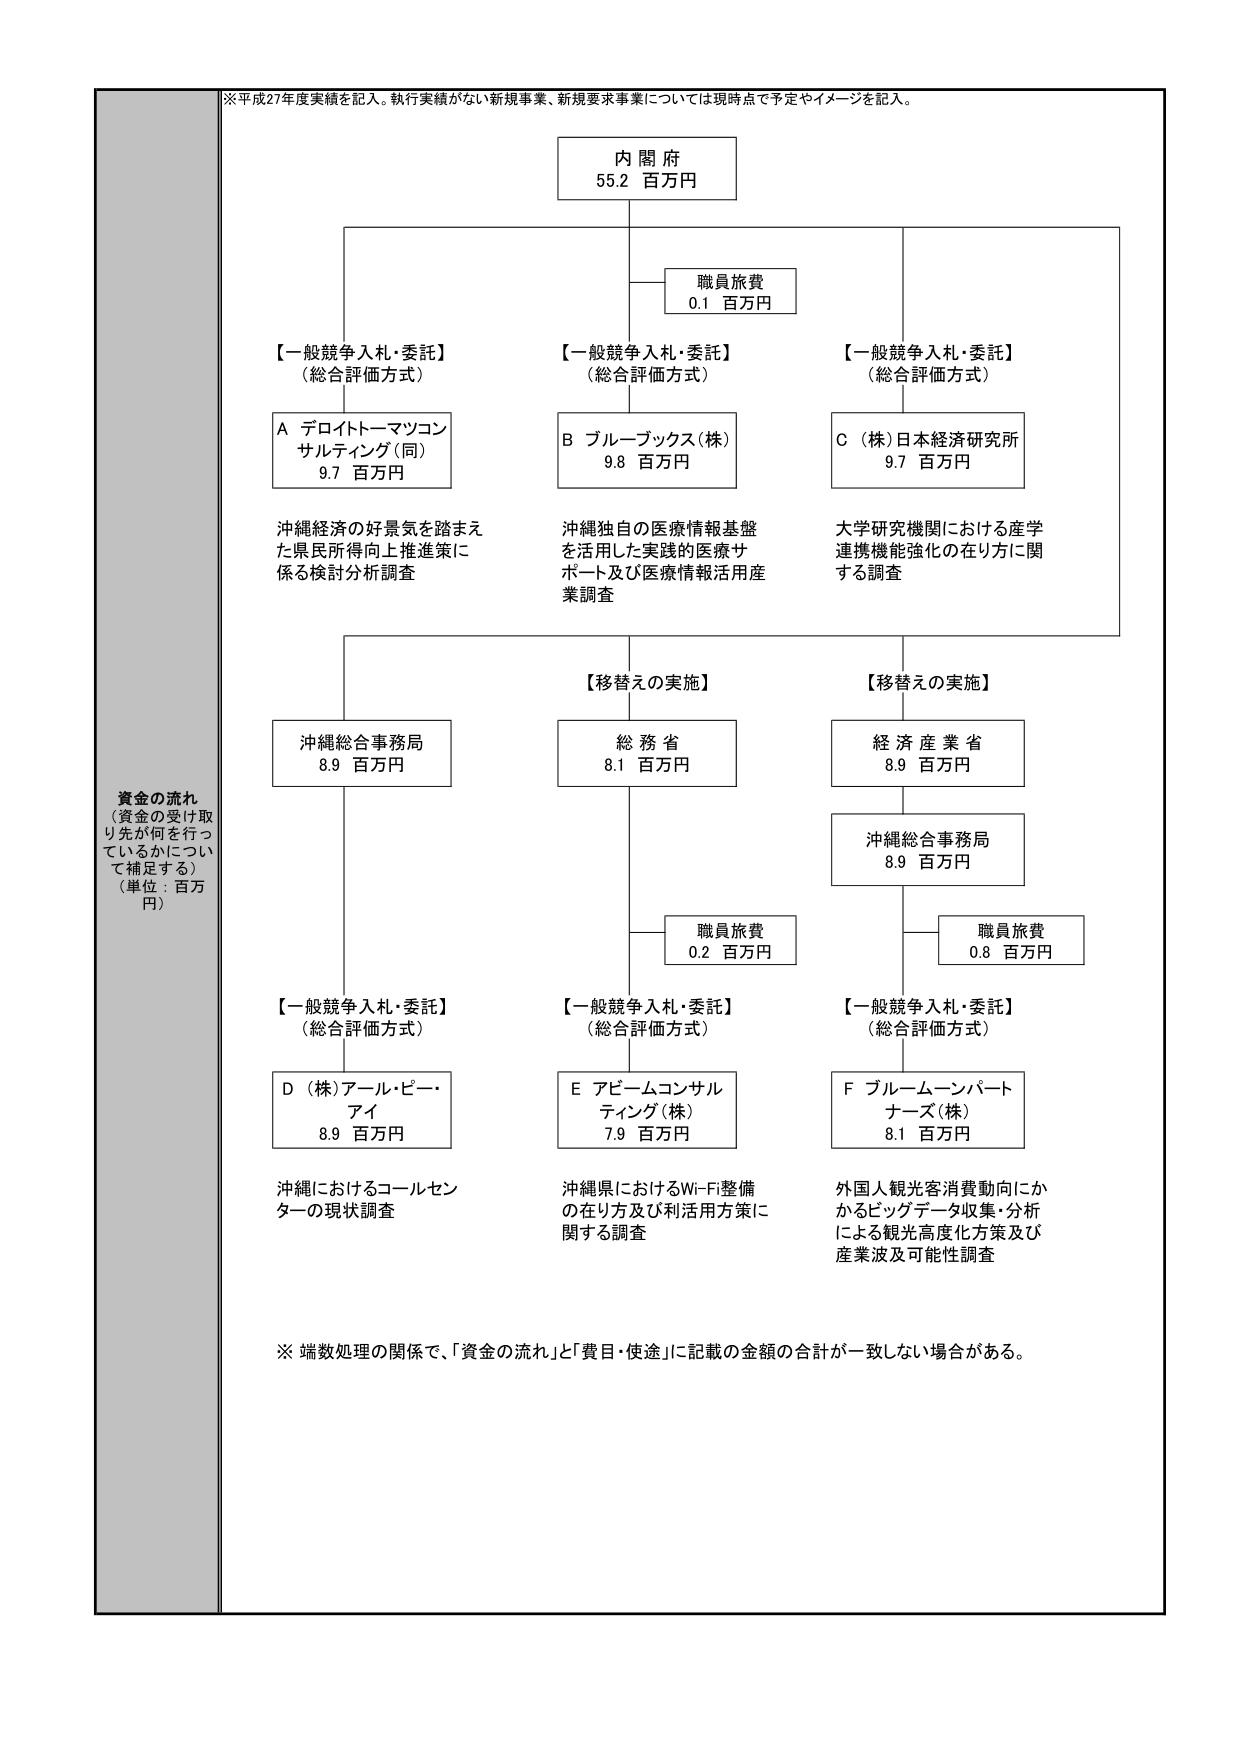
※平成27年度実績を記入。執行実績がない新規事業、新規要求事業については現時点で予定やイメージを記入。

内閣府
55.2 百万円

職員旅費
0.1 百万円

【一般競争入札・委託】
（総合評価方式）
A デロイトトーマツコン
サルティング（同）
9.7 百万円
沖縄経済の好景気を踏まえ
た県民所得向上推進策に
係る検討分析調査

【一般競争入札・委託】
（総合評価方式）
B ブルーブックス（株）
9.8 百万円
沖縄独自の医療情報基盤
を活用した実践的医療サ
ポート及び医療情報活用産
業調査

【一般競争入札・委託】
（総合評価方式）
C （株）日本経済研究所
9.7 百万円
大学研究機関における産学
連携機能強化の在り方に関
する調査

【移替えの実施】
沖縄総合事務局
8.9 百万円

【移替えの実施】
総務省
8.1 百万円

【移替えの実施】
経済産業省
8.9 百万円

沖縄総合事務局
8.9 百万円

職員旅費
0.2 百万円

職員旅費
0.8 百万円

【一般競争入札・委託】
（総合評価方式）
D （株）アール・ピー・
アイ
8.9 百万円
沖縄におけるコールセン
ターの現状調査

【一般競争入札・委託】
（総合評価方式）
E アビームコンサル
ティング（株）
7.9 百万円
沖縄県におけるWi-Fi整備
の在り方及び利用方策に
関する調査

【一般競争入札・委託】
（総合評価方式）
F ブルームーンパート
ナーズ（株）
8.1 百万円
外国人観光客消費動向にか
かるビッグデータ収集・分析
による観光高度化方策及び
産業波及可能性調査

※ 端数処理の関係で、「資金の流れ」と「費目・使途」に記載の金額の合計が一致しない場合がある。

資金の流れ
（資金の受け取り先が何を行っ
ているかについて補足する）
（単位：百万円）